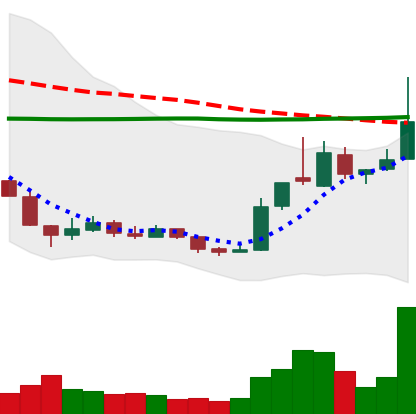
Ticker: XRP-USD
Chart end date: 2018-12-24
Forward return: -9.722%
Label: down_7plus